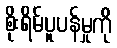
စိုးရိမ်ပူပန်မှုကို